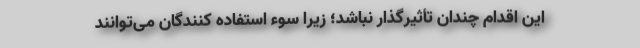
این اقدام چندان تأثیرگذار نباشد؛ زیرا سوء استفاده کنندگان می‌توانند